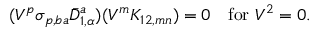
( V ^ { p } \sigma _ { p , b a } \bar { D } _ { 1 , \alpha } ^ { a } ) ( V ^ { m } K _ { 1 2 , m n } ) = 0 \quad \mathrm { f o r ~ } V ^ { 2 } = 0 .